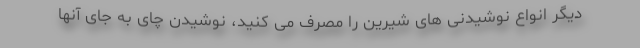
دیگر انواع نوشیدنی های شیرین را مصرف می کنید، نوشیدن چای به جای آنها